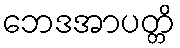
ဘေဒအာပတ္တိ